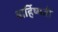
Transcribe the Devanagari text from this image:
बार्हिष्मती